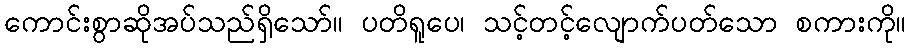
ကောင်းစွာဆိုအပ်သည်ရှိသော်။ ပတိရူပေ၊ သင့်တင့်လျောက်ပတ်သော စကားကို။